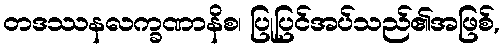
တဒဿနလက္ခဏာနိစ၊ ပြုပြင်အပ်သည်၏အဖြစ်,